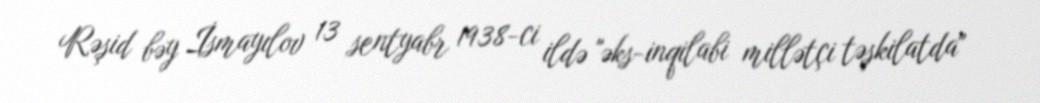
Rəşid bəy İsmayılov 13 sentyabr 1938-ci ildə "əks-inqilabi millətçi təşkilatda"